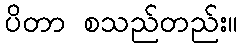
ပိတာ စသည်တည်း။